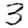
Digit: 3